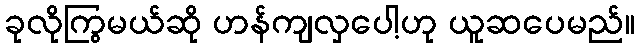
ခုလိုကြွမယ်ဆို ဟန်ကျလှပေါ့ဟု ယူဆပေမည်။